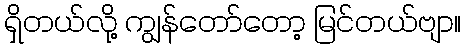
ရှိတယ်လို့ ကျွန်တော်တော့ မြင်တယ်ဗျာ။